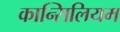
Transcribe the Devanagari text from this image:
कान्सिलियम